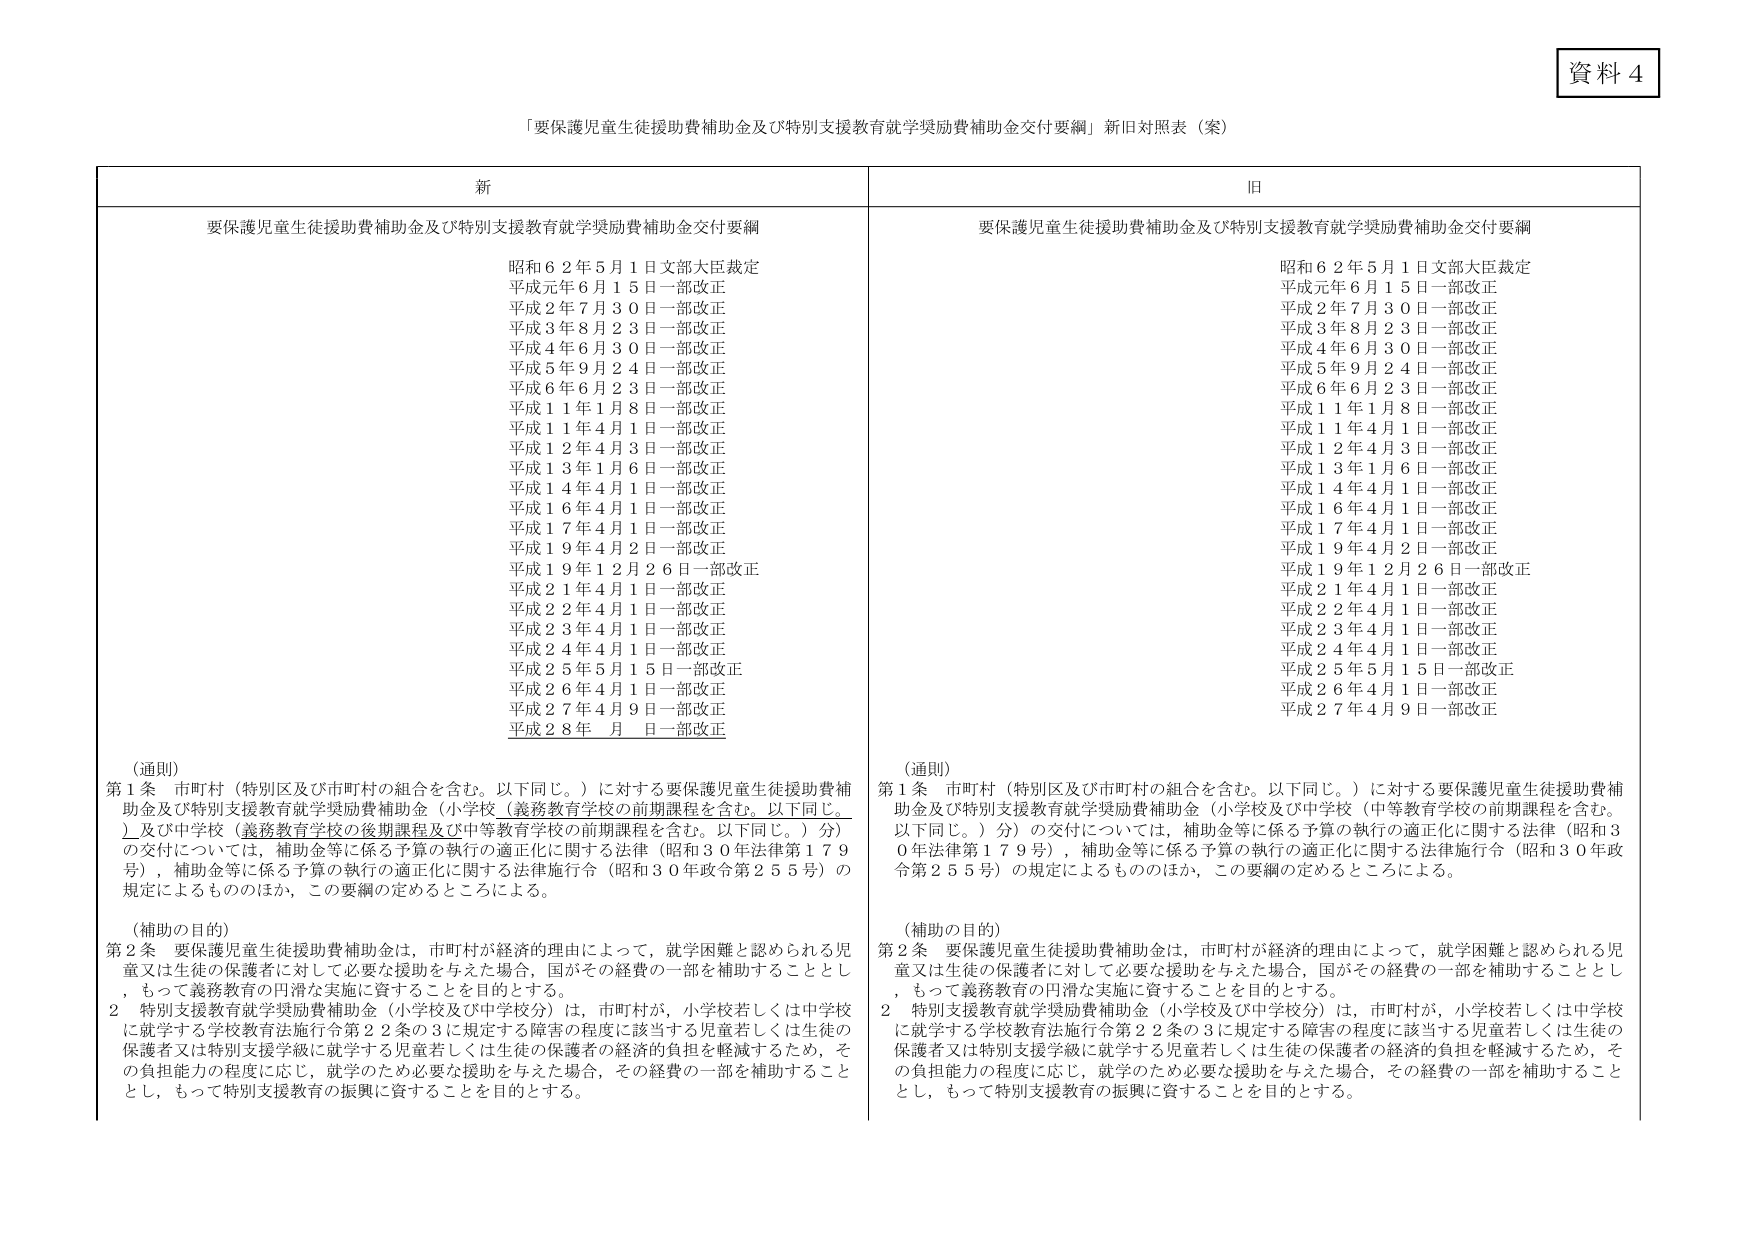
資料４

「要保護児童生徒援助費補助金及び特別支援教育就学奨励費補助金交付要綱」新旧対照表（案）

新
要保護児童生徒援助費補助金及び特別支援教育就学奨励費補助金交付要綱
昭和６２年５月１日文部大臣裁定
平成元年６月１５日一部改正
平成２年７月３０日一部改正
平成３年８月２３日一部改正
平成４年６月３０日一部改正
平成５年９月２４日一部改正
平成６年６月２３日一部改正
平成１１年１月８日一部改正
平成１１年４月１日一部改正
平成１２年４月３日一部改正
平成１３年１月６日一部改正
平成１４年４月１日一部改正
平成１６年４月１日一部改正
平成１７年４月１日一部改正
平成１９年４月２日一部改正
平成１９年１２月２６日一部改正
平成２１年４月１日一部改正
平成２２年４月１日一部改正
平成２３年４月１日一部改正
平成２４年４月１日一部改正
平成２５年５月１５日一部改正
平成２６年４月１日一部改正
平成２７年４月９日一部改正
平成２８年　月　日一部改正

（通則）
第１条　市町村（特別区及び市町村の組合を含む。以下同じ。）に対する要保護児童生徒援助費補助金及び特別支援教育就学奨励費補助金（小学校（義務教育学校の前期課程を含む。以下同じ。）及び中学校（義務教育学校の後期課程及び中等教育学校の前期課程を含む。以下同じ。）分）の交付については、補助金等に係る予算の執行の適正化に関する法律（昭和３０年法律第１７９号）、補助金等に係る予算の執行の適正化に関する法律施行令（昭和３０年政令第２５５号）の規定によるもののほか、この要綱の定めるところによる。

（補助の目的）
第２条　要保護児童生徒援助費補助金は、市町村が経済的理由によって、就学困難と認められる児童又は生徒の保護者に対して必要な援助を与えた場合、国がその経費の一部を補助することとし、もって義務教育の円滑な実施に資することを目的とする。
２　特別支援教育就学奨励費補助金（小学校及び中学校分）は、市町村が、小学校若しくは中学校に就学する学校教育法施行令第２２条の３に規定する障害の程度に該当する児童若しくは生徒の保護者又は特別支援学級に就学する児童若しくは生徒の保護者の経済的負担を軽減するため、その負担能力の程度に応じ、就学のため必要な援助を与えた場合、その経費の一部を補助することとし、もって特別支援教育の振興に資することを目的とする。

旧
要保護児童生徒援助費補助金及び特別支援教育就学奨励費補助金交付要綱
昭和６２年５月１日文部大臣裁定
平成元年６月１５日一部改正
平成２年７月３０日一部改正
平成３年８月２３日一部改正
平成４年６月３０日一部改正
平成５年９月２４日一部改正
平成６年６月２３日一部改正
平成１１年１月８日一部改正
平成１１年４月１日一部改正
平成１２年４月３日一部改正
平成１３年１月６日一部改正
平成１４年４月１日一部改正
平成１６年４月１日一部改正
平成１７年４月１日一部改正
平成１９年４月２日一部改正
平成１９年１２月２６日一部改正
平成２１年４月１日一部改正
平成２２年４月１日一部改正
平成２３年４月１日一部改正
平成２４年４月１日一部改正
平成２５年５月１５日一部改正
平成２６年４月１日一部改正
平成２７年４月９日一部改正

（通則）
第１条　市町村（特別区及び市町村の組合を含む。以下同じ。）に対する要保護児童生徒援助費補助金及び特別支援教育就学奨励費補助金（小学校及び中学校（中等教育学校の前期課程を含む。以下同じ。）分）の交付については、補助金等に係る予算の執行の適正化に関する法律（昭和３０年法律第１７９号）、補助金等に係る予算の執行の適正化に関する法律施行令（昭和３０年政令第２５５号）の規定によるもののほか、この要綱の定めるところによる。

（補助の目的）
第２条　要保護児童生徒援助費補助金は、市町村が経済的理由によって、就学困難と認められる児童又は生徒の保護者に対して必要な援助を与えた場合、国がその経費の一部を補助することとし、もって義務教育の円滑な実施に資することを目的とする。
２　特別支援教育就学奨励費補助金（小学校及び中学校分）は、市町村が、小学校若しくは中学校に就学する学校教育法施行令第２２条の３に規定する障害の程度に該当する児童若しくは生徒の保護者又は特別支援学級に就学する児童若しくは生徒の保護者の経済的負担を軽減するため、その負担能力の程度に応じ、就学のため必要な援助を与えた場合、その経費の一部を補助することとし、もって特別支援教育の振興に資することを目的とする。